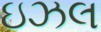
ઇઝલ